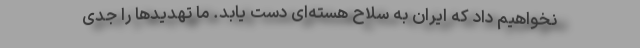
نخواهیم داد که ایران به سلاح هسته‌ای دست یابد. ما تهدیدها را جدی